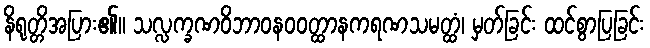
နိရုတ္တိအပြား၏။ သလ္လက္ခဏဝိဘာဝနဝဝတ္ထာနကရဏသမတ္ထံ၊ မှတ်ခြင်း ထင်စွာပြခြင်း